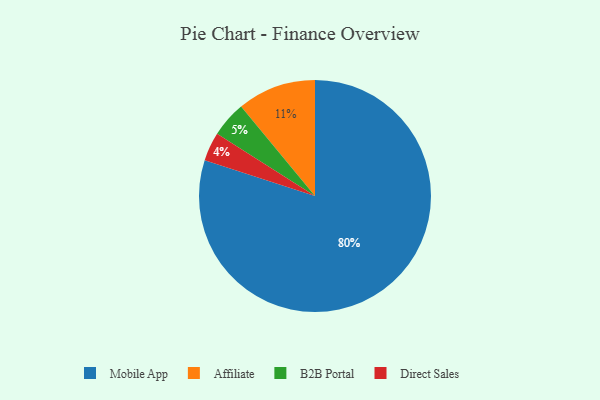
{"axis": {"x": "Category", "y": "Percentage"}, "legend": ["Affiliate", "B2B Portal", "Direct Sales", "Mobile App"], "data": [{"x": "Mobile App", "y": 80, "type": "Mobile App"}, {"x": "Affiliate", "y": 11, "type": "Affiliate"}, {"x": "Direct Sales", "y": 4, "type": "Direct Sales"}, {"x": "B2B Portal", "y": 5, "type": "B2B Portal"}]}